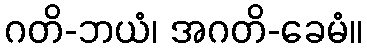
ဂတိ-ဘယံ၊ အဂတိ-ခေမံ။